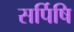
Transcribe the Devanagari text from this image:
सर्पिषि